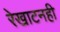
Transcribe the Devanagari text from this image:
रेखाटनही